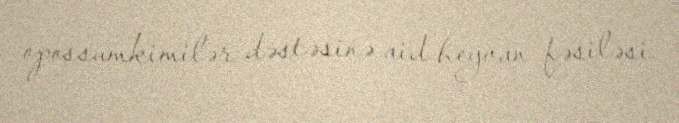
opossumkimilər dəstəsinə aid heyvan fəsiləsi.